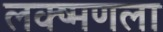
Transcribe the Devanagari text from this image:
लक्ष्मणला